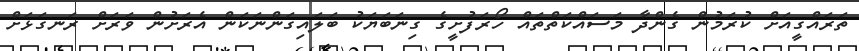
ތަރައްގީއަށް ކުރަމުން ގެންދާ މަސައްކަތްތައް ހޯރަފުށީގެ ގިނަބަޔަކު ބަލައިގަންނަކަން އެރަށުން ވަރަށް ރަނގަޅަށް